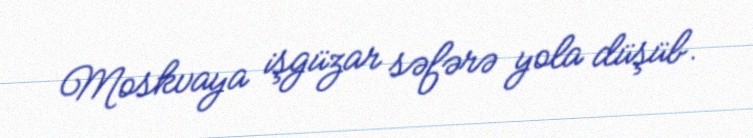
Moskvaya işgüzar səfərə yola düşüb.